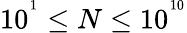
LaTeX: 10^{^{1}}\leq N\leq 10^{^{10}}